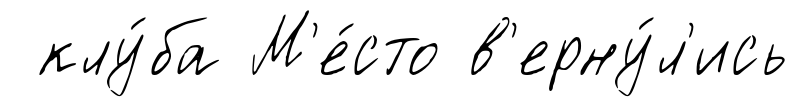
клу́ба М'е́сто в'ерну́л'ись